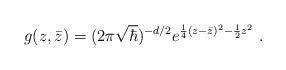
LaTeX: \begin{align*}g(z,\bar z)=(2\pi \sqrt{\hbar})^{-d/2}e^{\frac{1}{4}(z-\bar z)^2-\frac{1}{2}z^2} \ .\end{align*}